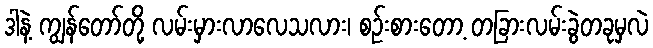
ဒါနဲ့ ကျွန်တော်တို့ လမ်းမှားလာလေသလား၊ စဉ်းစားတော့ တခြားလမ်းခွဲတခုမှလဲ